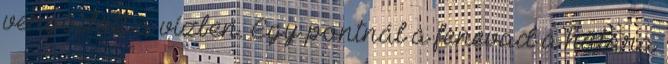
vergődött a vízben. Egy pontnál a fenevad a hátára